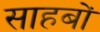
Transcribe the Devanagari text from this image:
साहबों